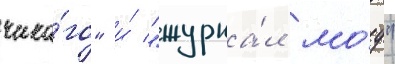
чика́го" и́ "журна́л мо́д"